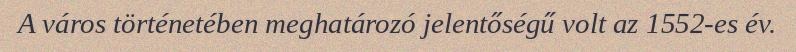
A város történetében meghatározó jelentőségű volt az 1552-es év.